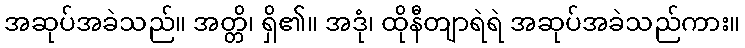
အဆုပ်အခဲသည်။ အတ္တိ၊ ရှိ၏။ အဒုံ၊ ထိုနီတျာရဲရဲ အဆုပ်အခဲသည်ကား။